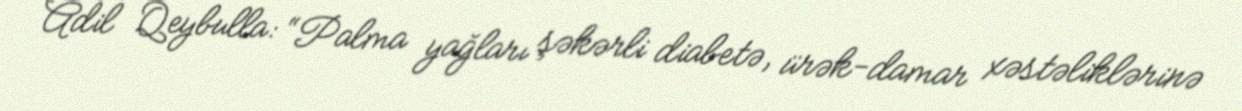
Adil Qeybulla: “Palma yağları şəkərli diabetə, ürək-damar xəstəliklərinə